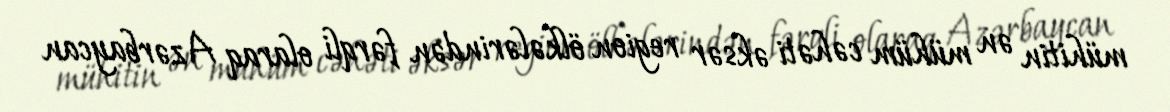
mühitin ən mühüm cəhəti əksər region ölkələrindən fərqli olaraq Azərbaycan